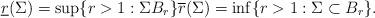
LaTeX: \begin{align*}\underline r (\Sigma) = \sup \{ r > 1 : \Sigma B_r\} \overline r (\Sigma) = \inf \{ r > 1 : \Sigma \subset B_r\}.\end{align*}